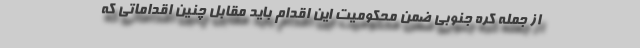
از جمله کره جنوبی ضمن محکومیت این اقدام باید مقابل چنین اقداماتی که